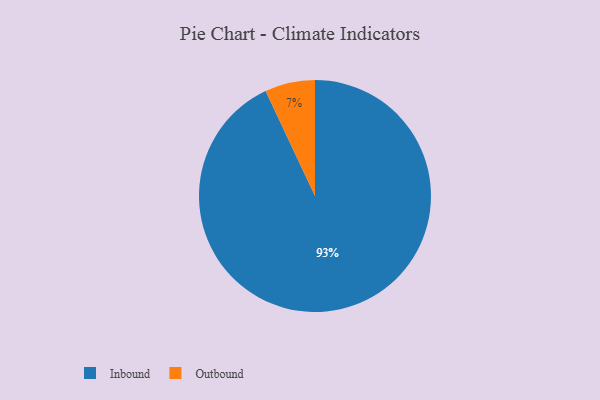
{"axis": {"x": "Category", "y": "Percentage"}, "legend": ["Inbound", "Outbound"], "data": [{"x": "Outbound", "y": 7, "type": "Outbound"}, {"x": "Inbound", "y": 93, "type": "Inbound"}]}